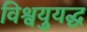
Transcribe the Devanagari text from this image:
विश्वयुयद्ध